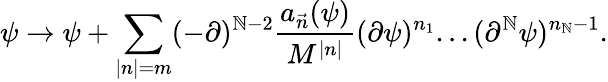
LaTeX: \psi\rightarrow\psi+\sum_{|n|=m}(-\partial)^{\mathbb{N}-2}\frac{{a_{\vec{{n}}}(\psi)}}{{M^{|n|}}}(\partial\psi)^{n_{1}}...(\partial^{\mathbb{N}}\psi)^{n_{\mathbb{N}}-1}.